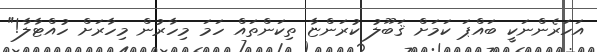
އަހަރެންނަކީ ބައްޕަ ކަމަށް ޤަބޫލު ކުރަންޏާ ތިކަންތައް ހަމަ މިހާރުން މިހާރަށް ހުއްޓާލާ!"